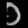
Digit: ၁